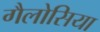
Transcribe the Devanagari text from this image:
गैलोसिया